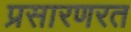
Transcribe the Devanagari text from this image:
प्रसारणरत